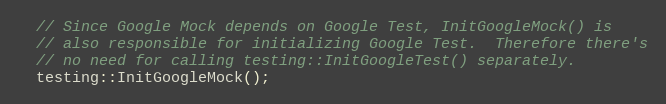
Language: C++
  // Since Google Mock depends on Google Test, InitGoogleMock() is
  // also responsible for initializing Google Test.  Therefore there's
  // no need for calling testing::InitGoogleTest() separately.
  testing::InitGoogleMock();